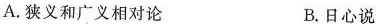
A.狭义和广义相对论 B.日心说